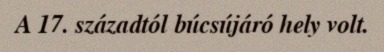
A 17. századtól búcsújáró hely volt.